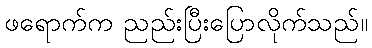
ဖရောက်က ညည်းပြီးပြောလိုက်သည်။